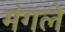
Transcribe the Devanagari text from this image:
मंगले